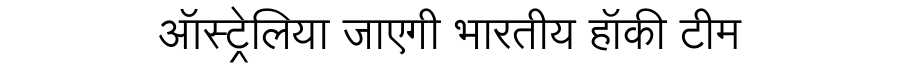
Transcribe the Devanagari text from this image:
ऑस्ट्रेलिया जाएगी भारतीय हॉकी टीम